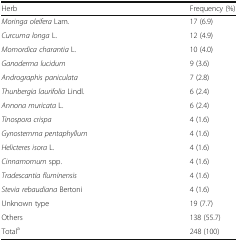
<table><thead><tr><td><b>Herb</b></td><td><b>Frequency (%)</b></td></tr></thead><tbody><tr><td><i>Moringa oleifera</i> Lam.</td><td>17 (6.9)</td></tr><tr><td><i>Curcuma longa</i> L.</td><td>12 (4.9)</td></tr><tr><td><i>Momordica charantia</i> L.</td><td>10 (4.0)</td></tr><tr><td><i>Ganoderma lucidum</i></td><td>9 (3.6)</td></tr><tr><td><i>Andrographis paniculata</i></td><td>7 (2.8)</td></tr><tr><td><i>Thunbergia laurifolia</i> Lindl.</td><td>6 (2.4)</td></tr><tr><td><i>Annona muricata</i> L.</td><td>6 (2.4)</td></tr><tr><td><i>Tinospora crispa</i></td><td>4 (1.6)</td></tr><tr><td><i>Gynostemma pentaphyllum</i></td><td>4 (1.6)</td></tr><tr><td><i>Helicteres isora</i> L.</td><td>4 (1.6)</td></tr><tr><td><i>Cinnamomum</i> spp.</td><td>4 (1.6)</td></tr><tr><td><i>Tradescantia fluminensis</i></td><td>4 (1.6)</td></tr><tr><td><i>Stevia rebaudiana</i> Bertoni</td><td>4 (1.6)</td></tr><tr><td>Unknown type</td><td>19 (7.7)</td></tr><tr><td>Others</td><td>138 (55.7)</td></tr><tr><td>Total<sup>a</sup></td><td>248 (100)</td></tr></tbody></table>